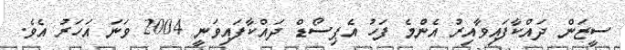
ސީޒަން ދައްކާފައިވާއިރު އެންމެ ފަހު އެޕިސޯޑް ދައްކާފައިވަނީ 2004 ވަނަ އަހަރު އެވެ.